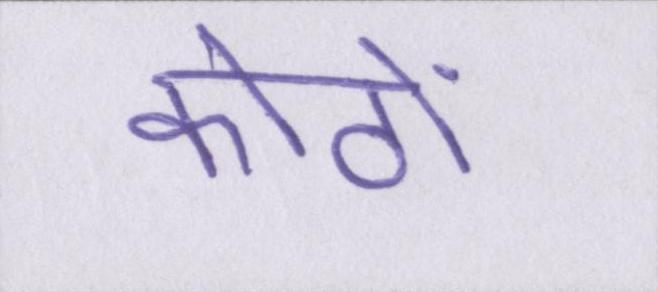
कोठों